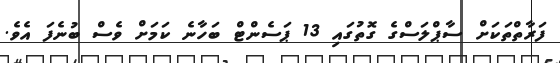
ފަރާތްތަކަށް ސާޕްލަސްގެ ގޮތުގައި 13 ޕަސެންޓް ބަހާނެ ކަމަށް ވެސް ބުނެފަ އެވެ.